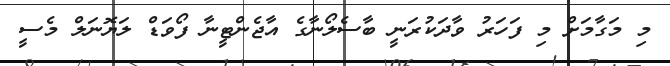
މި މަގާމަށް މި ފަހަރު ވާދަކުރަނީ ބާސެލޯނާގެ އާޖެންޓީނާ ފޯވަޑް ލަޔޮނަލް މެސީ